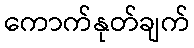
ကောက်နုတ်ချက်